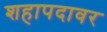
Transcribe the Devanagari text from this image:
शहापदावर